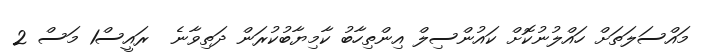
މައްސަލަތަށް ހައްލުނުކޮށް ކައުންސިލް އިންތިހާބު ކާމިޔާބުކުރަން ދަތިވާނެ  ރައީސް1 މަސް 2